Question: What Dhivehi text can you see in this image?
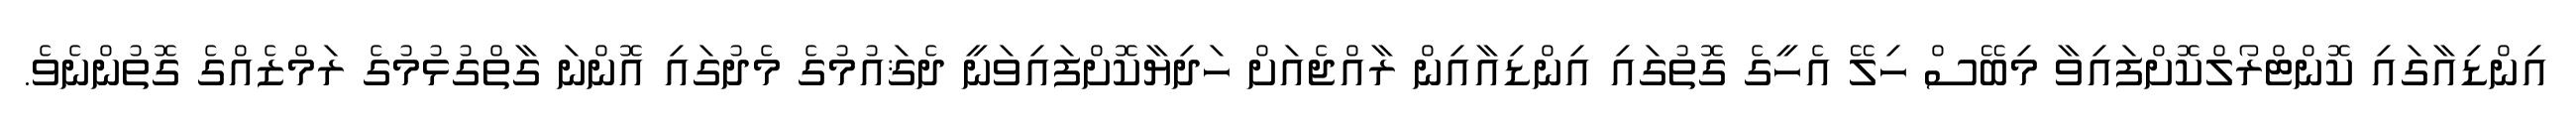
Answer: އިންޑިއާގައި ކޮންޓްރޯލްކޮށްފައިވާ މިބޭސް ހިލޭ އެހީގެ ގޮތުގައި އިންޑިއާއިން ރާއްޖެއަށް ހަދިޔާކޮށްފައިވަނީ ދެޤައުމުގެ މެދުގައި އޮންނަ ގާތްގުޅުމުގެ ރަމްޒެއްގެ ގޮތުންނެވެ.